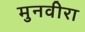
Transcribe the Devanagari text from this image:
मुनवीरा